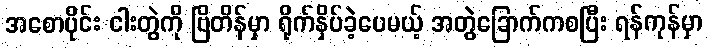
အစောပိုင်း ငါးတွဲကို ဗြိတိန်မှာ ရိုက်နှိပ်ခဲ့ပေမယ့် အတွဲခြောက်ကစပြီး ရန်ကုန်မှာ